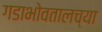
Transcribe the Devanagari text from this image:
गडाभोवतालच्या